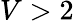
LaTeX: V>2